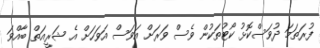
ފުރަތަމަ ދުވަސްކޮޅު ކޯޓުތަކުން ވެސް ވަރަށް އަވަސް އަވަހަށް އެ ޝަރީއަތް ބާއްވަ